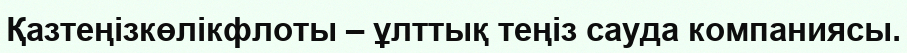
Қазтеңізкөлікфлоты – ұлттық теңіз сауда компаниясы.